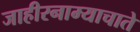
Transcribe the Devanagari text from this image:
जाहीरनाम्याचाते